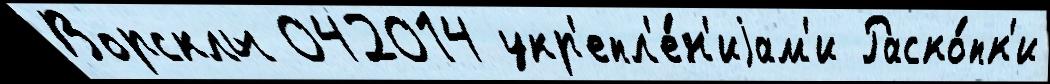
Ворсклы 042014 укр'епл'е́н'иjам'и Раско́пк'и